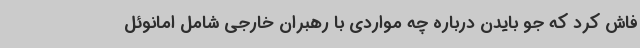
فاش کرد که جو بایدن درباره چه مواردی با رهبران خارجی شامل امانوئل